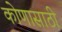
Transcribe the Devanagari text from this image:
कोणासाठी